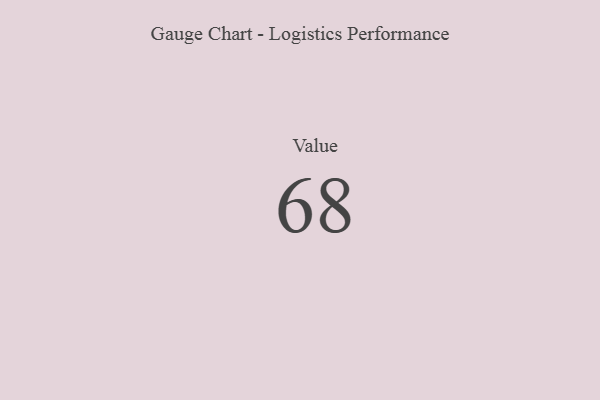
{"axis": {"x": "Metric", "y": "Value"}, "legend": [""], "data": [{"x": "Value", "y": 68, "type": ""}]}